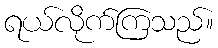
ရယ်လိုက်ကြသည်။